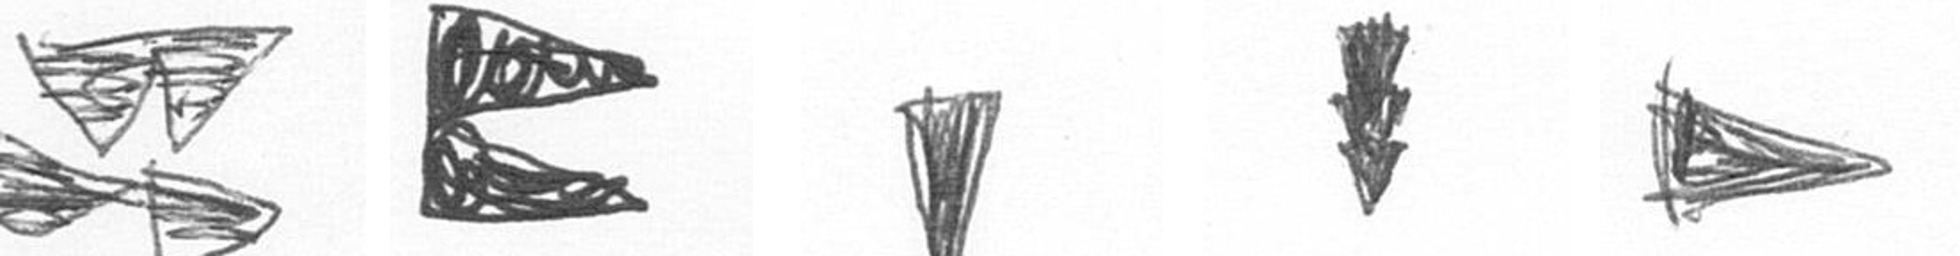
B P J E T